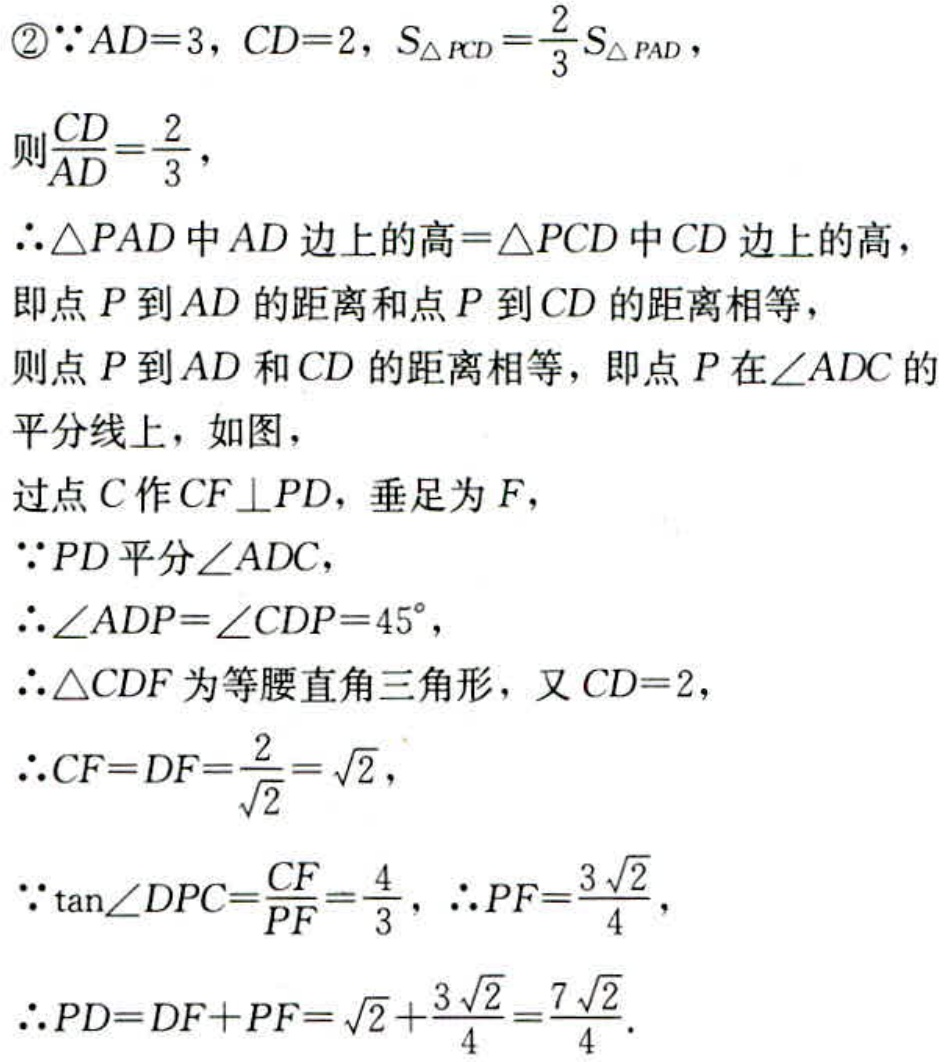
\begin{enumerate}
\item[\textcircled{2}]$\because AD = 3$, $CD = 2$, $S_{\triangle PCD}=\frac{2}{3}S_{\triangle PAD}$,
则$\frac{CD}{AD}=\frac{2}{3}$,
$\therefore\triangle PAD$中$AD$边上的高$=\triangle PCD$中$CD$边上的高，
即点$P$到$AD$的距离和点$P$到$CD$的距离相等，
则点$P$到$AD$和$CD$的距离相等，即点$P$在$\angle ADC$的平分线上，如图，
过点$C$作$CF\perp PD$，垂足为$F$，
$\because PD$平分$\angle ADC$，
$\therefore\angle ADP=\angle CDP = 45^{\circ}$,
$\therefore\triangle CDF$为等腰直角三角形，又$CD = 2$，
$\therefore CF=DF=\frac{2}{\sqrt{2}}=\sqrt{2}$,
$\because\tan\angle DPC=\frac{CF}{PF}=\frac{4}{3}$，$\therefore PF=\frac{3\sqrt{2}}{4}$,
$\therefore PD=DF + PF=\sqrt{2}+\frac{3\sqrt{2}}{4}=\frac{7\sqrt{2}}{4}$.
\end{enumerate}